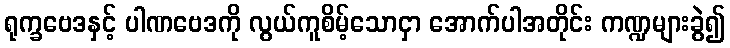
ရုက္ခဗေဒနှင့် ပါဏဗေဒကို လွယ်ကူစိမ့်သောငှာ အောက်ပါအတိုင်း ကဏ္ဍများခွဲ၍